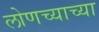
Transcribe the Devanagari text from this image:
लोणच्याच्या